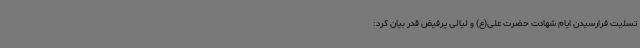
تسلیت فرارسیدن ایام شهادت حضرت علی(ع) و لیالی پرفیض قدر بیان کرد: